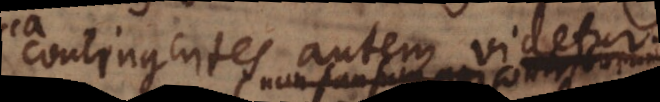
contingentes autem videtur